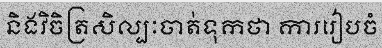
និងវិចិត្រសិល្បៈចាត់ទុកថា ការរៀបចំ